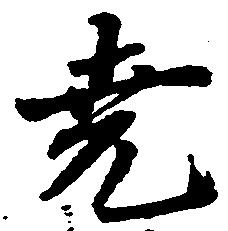
尭